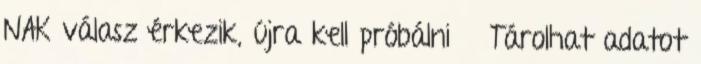
NAK válasz érkezik, újra kell próbálni ● Tárolhat adatot